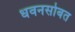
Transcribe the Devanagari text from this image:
धवनसोबत